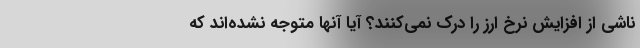
ناشی از افزایش نرخ ارز را درک نمی‌کنند؟ آیا آنها متوجه نشده‌اند که